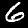
Digit: 6